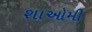
શાઓમી